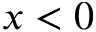
x < 0